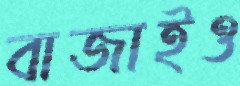
বাজাইও